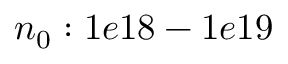
n _ { 0 } : 1 e 1 8 - 1 e 1 9